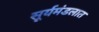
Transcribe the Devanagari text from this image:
सूर्यमंडलात